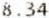
8.34